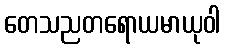
တေသညတရောယမာယုဝါ